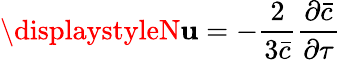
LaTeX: \displaystyleN\mathbf{u}=-\frac{{2}}{{3\bar{{c}}}}\frac{{\partial\bar{{c}}}}{{\partial\tau}}